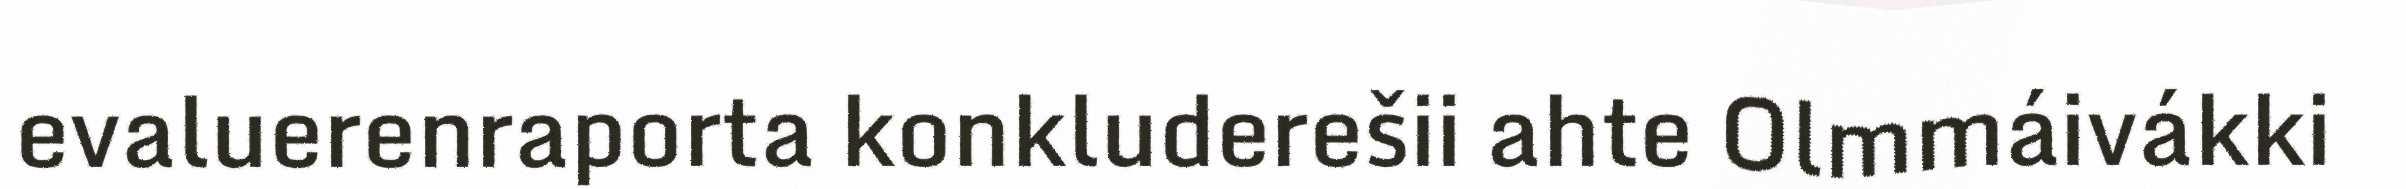
evaluerenraporta konkluderešii ahte Olmmáivákki